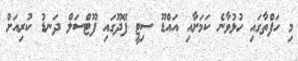
މި ހަފްތާގައި ހުޅުވާނެ ކަމަށާއި އައްޑޫ ސިޓީ ފޭދޫގައި ފޫޓްސަލް ދަނޑު ކުރިއަށް